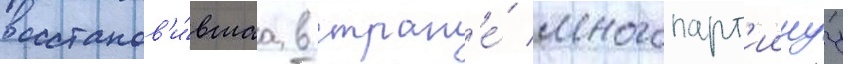
восстанов'и́вшаа в стран'е́ многопарт'иинуу